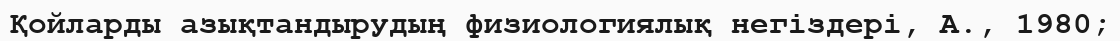
Қойларды азықтандырудың физиологиялық негіздері, А., 1980;